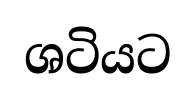
ශටියට